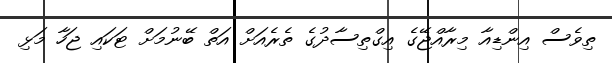
ތިވެސް އިންޑިއާ މިރާއްޖޭގެ އިގްތިސާދުގެ ތެރެއަށް އަތް ބޭނުމަށް ޓަކައި ޖަހާ މަޅި